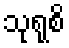
သုရုစိ